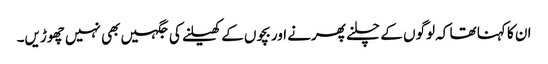
ان کا کہنا تھا کہ لوگوں کے چلنے پھرنے اور بچوں کے کھیلنے کی جگہیں بھی نہیں چھوڑیں۔